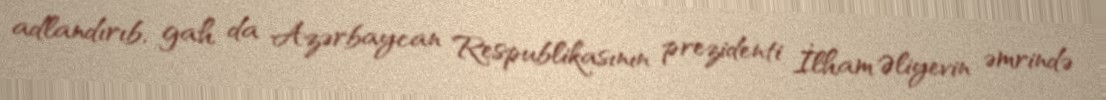
adlandırıb, gah da Azərbaycan Respublikasının prezidenti İlham Əliyevin əmrində